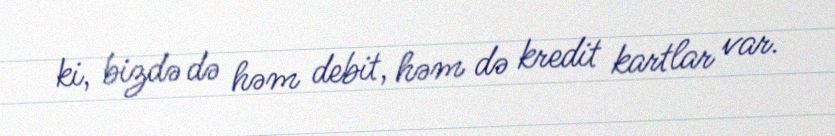
ki, bizdə də həm debit, həm də kredit kartlar var.